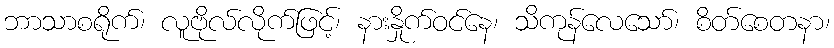
ဘာသာစရိုက်၊ လူဗိုလ်လိုက်ဖြင့်၊ နားနှိုက်ဝင်နေ၊ သိကုန်လေသော်၊ စိတ်စေတနာ၊